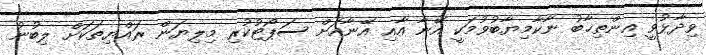
ވިދާޅުވީ އިންތިޚާބު ނާކާމިޔާބުވުމަކީ އޭނާ އާއި އޭނާއަށް ސަޕޯޓުކުރި މިލިޔަން ރައްޔިތަކަށް ލިބުނު